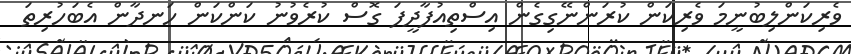
ވެރިކަންލިބުނީމަ ވެރިކަން ކުރަންނޭގިގެން އިސްތިއުފާދީފަ ގޮސް ކުރެވުނު ކަންކަން ހަނދާން އެބަހުރިތަ